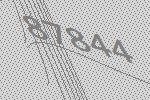
87844